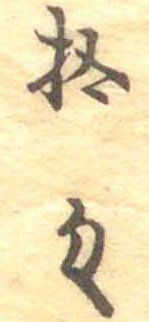
拾匁